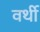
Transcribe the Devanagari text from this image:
वर्थी